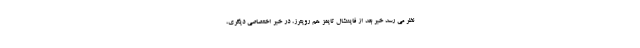
نظر می رسد خبر بعد از فایننشال تایمز هم رویترز، در خبر اختصاصی دیگری،